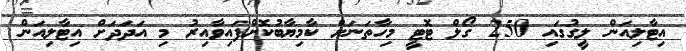
އިޓާލިއަން ލީގުގައި 250 ގޯލް ޓޮޓީ މިހާތަނަށް ކާމިޔާބުކޮށްފައިވާއިރު މި އަދަދަށް އިޓާލިއަން